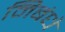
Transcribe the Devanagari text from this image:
निबंधे